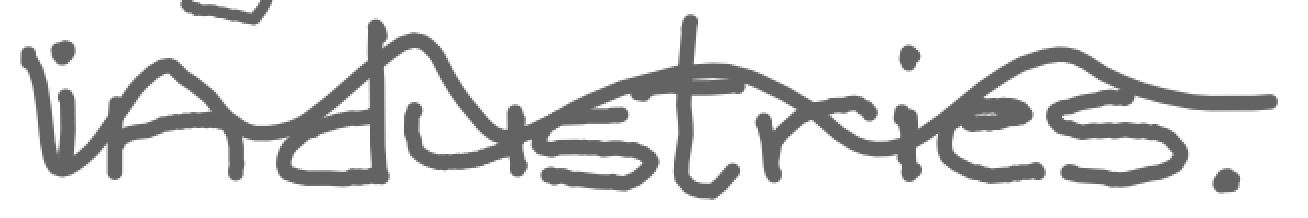
Text: industries.
Cross-out: wave
Writing tool: digital_gray